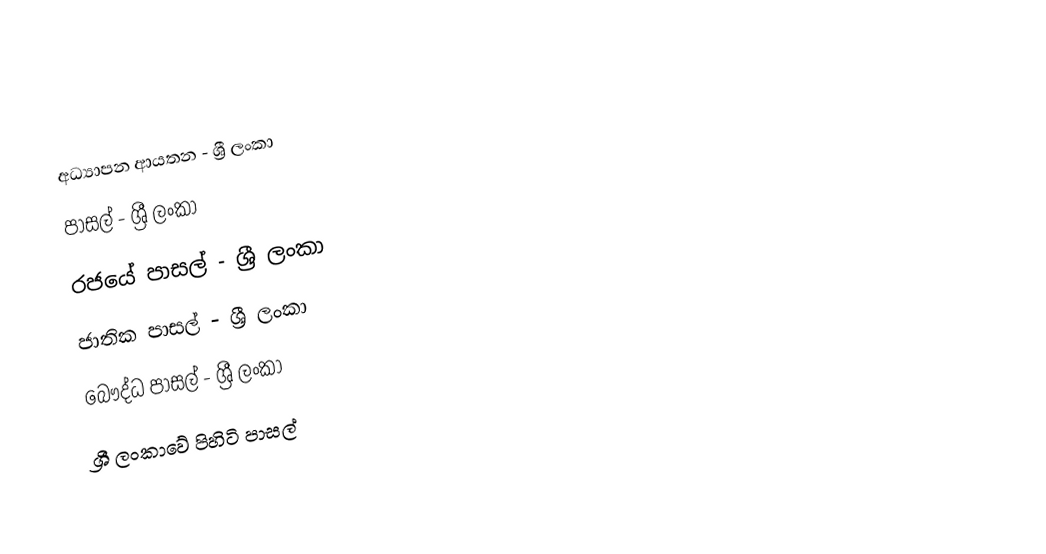
අධ්‍යාපන ආයතන - ශ්‍රී ලංකා
පාසල් - ශ්‍රී ලංකා
රජයේ පාසල් - ශ්‍රී ලංකා
ජාතික පාසල් - ශ්‍රී ලංකා
බෞද්ධ පාසල් - ශ්‍රී ලංකා
ශ්‍රී ලංකාවේ පිහිටි පාසල්